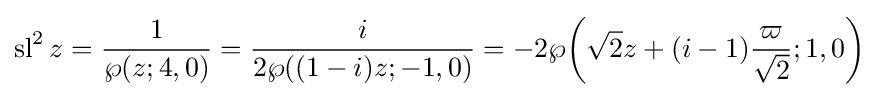
\operatorname {sl} ^{2}z={\frac {1}{\wp (z;4,0)}}={\frac {i}{2\wp ((1-i)z;-1,0)}}={-2\wp }{\left({\sqrt {2}}z+(i-1){\frac {\varpi }{\sqrt {2}}};1,0\right)}